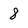
Character: 8